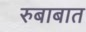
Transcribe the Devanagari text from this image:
रुबाबात